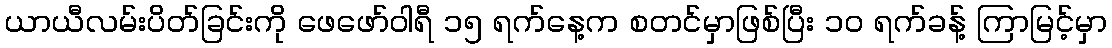
ယာယီလမ်းပိတ်ခြင်းကို ဖေဖော်ဝါရီ ၁၅ ရက်နေ့က စတင်မှာဖြစ်ပြီး ၁၀ ရက်ခန့် ကြာမြင့်မှာ